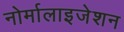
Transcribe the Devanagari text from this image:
नोर्मालाइजेशन